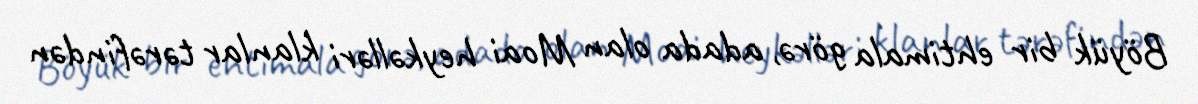
Böyük bir ehtimala görə, adada olan Moai heykəlləri klanlar tərəfindən